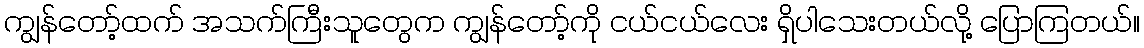
ကျွန်တော့်ထက် အသက်ကြီးသူတွေက ကျွန်တော့်ကို ငယ်ငယ်လေး ရှိပါသေးတယ်လို့ ပြောကြတယ်။